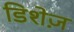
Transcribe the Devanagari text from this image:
डिशेज़